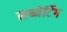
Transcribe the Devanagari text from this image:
सब्नेटिंग